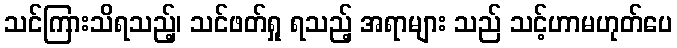
သင်ကြားသိရသည့်၊ သင်ဖတ်ရှု ရသည့် အရာများ သည် သင့်ဟာမဟုတ်ပေ